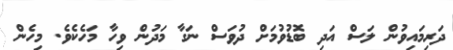
ދަރިމައިވުން ލަސް އަދި ބޮޑުވުމަށް ދުވަސް ނަގާ މަދުން ވިހާ މަހެކެވެ. މިހެން